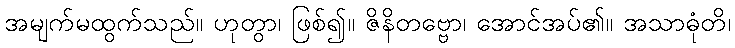
အမျက်မထွက်သည်။ ဟုတွာ၊ ဖြစ်၍။ ဇိနိတဗ္ဗော၊ အောင်အပ်၏။ အသာဓုံတိ၊